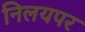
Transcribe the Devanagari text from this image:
निलयपर